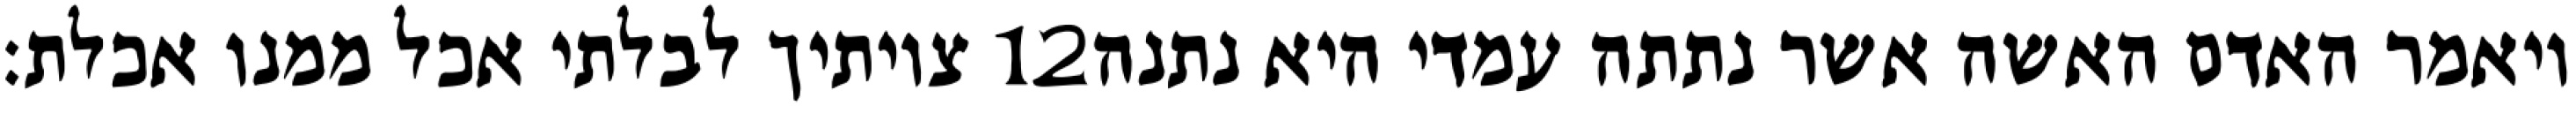
צויתיך לבלתי אכל ממנו אכלת׃ ‎12‏ ויאמר האדם האשה אשר נתתה עמדי היא נתנה